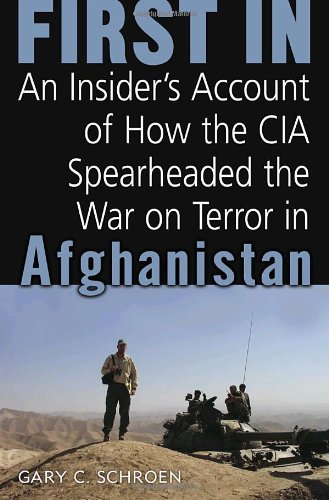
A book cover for First In: An Insider's Account of How the CIA Spearheaded the War on Terror in Afghanistan; Gary Schroen; History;